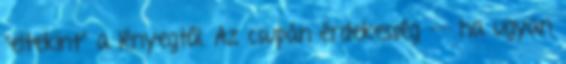
"eltekint" a lényegtől. Az csupán érdekesség -- ha ugyan